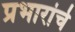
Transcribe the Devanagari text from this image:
प्रभारांचे